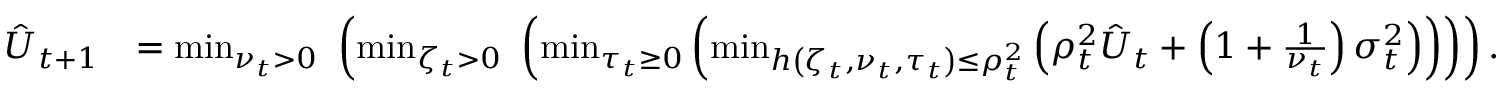
\begin{array} { r l } { \hat { U } _ { t + 1 } } & { = \operatorname* { m i n } _ { \nu _ { t } > 0 } \, \, \left( \operatorname* { m i n } _ { \zeta _ { t } > 0 } \, \, \left( \operatorname* { m i n } _ { \tau _ { t } \geq 0 } \left( \operatorname* { m i n } _ { h \left( \zeta _ { t } , \nu _ { t } , \tau _ { t } \right) \le \rho _ { t } ^ { 2 } } \left( \rho _ { t } ^ { 2 } \hat { U } _ { t } + \left( 1 + \frac { 1 } { \nu _ { t } } \right) \sigma _ { t } ^ { 2 } \right) \right) \right) \right) . } \end{array}